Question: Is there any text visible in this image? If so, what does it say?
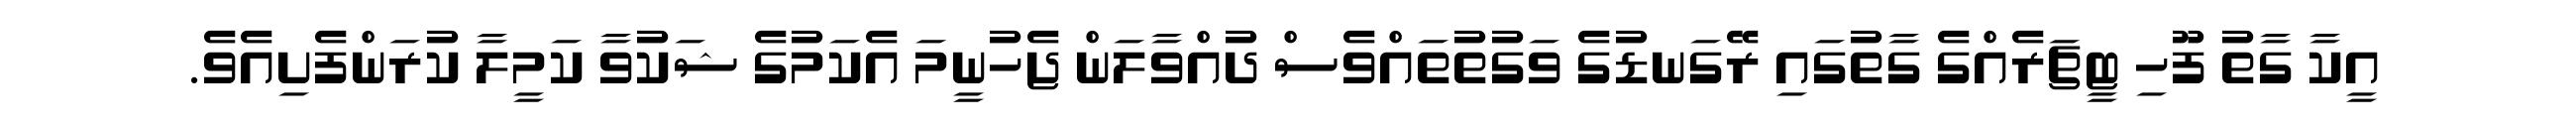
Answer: އީކާ ގާތު ފޫހި ޓީޗަރެއްގެ ގާތުގައި ރޭގަނޑުގެ ވަގުތުތައްވެސް ދުއްވާލަން ޖެހުނީމަ އެކަމުގެ ޝަކުވާ ކަމީލާ ކުރަންފެށިއެވެ.